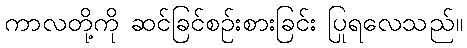
ကာလတို့ကို ဆင်ခြင်စဉ်းစားခြင်း ပြုရလေသည်။